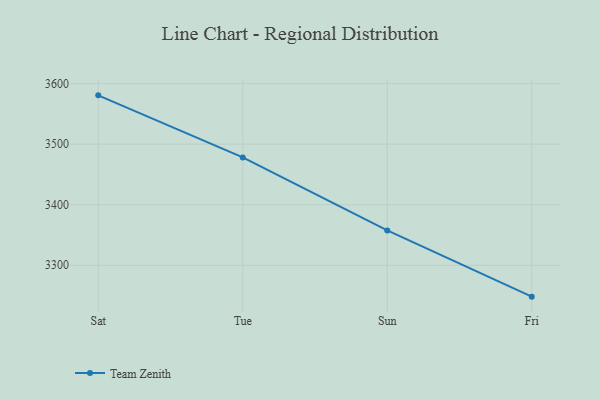
{"axis": {"x": "Day", "y": "Energy Usage (MWh)"}, "legend": ["Team Zenith"], "data": [{"x": "Sat", "y": 3580.5, "type": "Team Zenith"}, {"x": "Tue", "y": 3478.1, "type": "Team Zenith"}, {"x": "Sun", "y": 3357.6, "type": "Team Zenith"}, {"x": "Fri", "y": 3248.2, "type": "Team Zenith"}]}